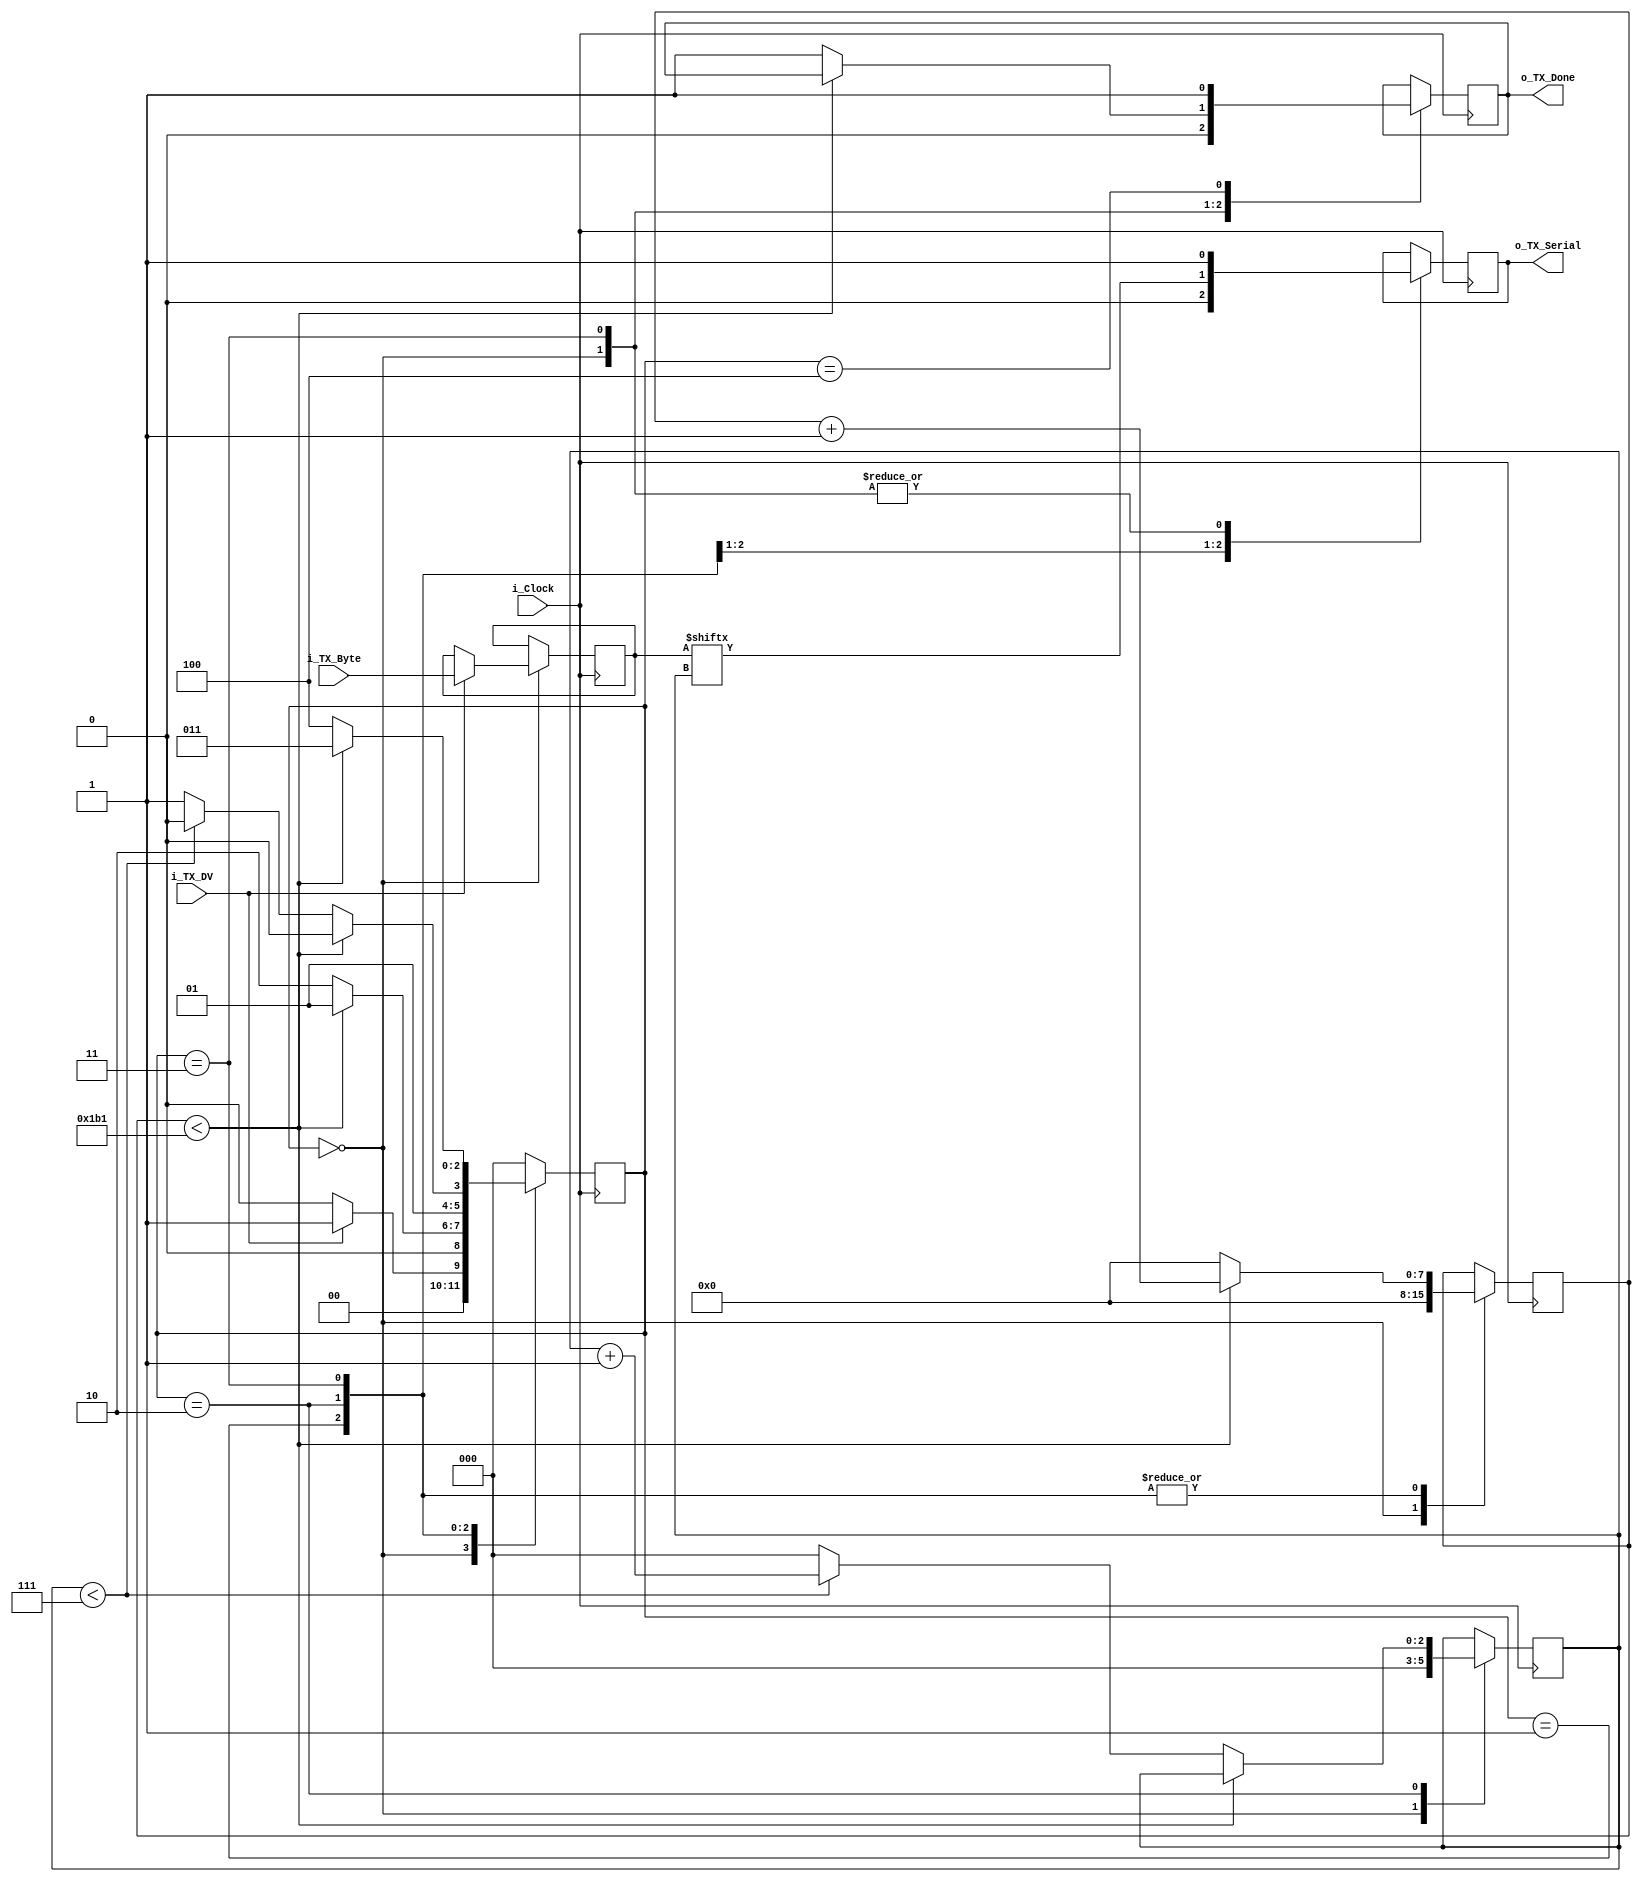
module UART_TX 
  #(parameter CLKS_PER_BIT = 434)
  (
   input       i_Clock,
   input       i_TX_DV,
   input [7:0] i_TX_Byte, 
   output reg  o_TX_Serial,
   output      o_TX_Done
   );
 
  parameter IDLE         = 3'b000;
  parameter TX_START_BIT = 3'b001;
  parameter TX_DATA_BITS = 3'b010;
  parameter TX_STOP_BIT  = 3'b011;
  parameter CLEANUP      = 3'b100;
  
  reg [2:0] r_SM_Main     = 0;
  reg [7:0] r_Clock_Count = 0;
  reg [2:0] r_Bit_Index   = 0;
  reg [7:0] r_TX_Data     = 0;
  reg       r_TX_Done     = 0;
  
    
  always @(posedge i_Clock)
  begin
      
    case (r_SM_Main)
      IDLE :
        begin
          o_TX_Serial   <= 1'b1;         // Drive Line High for Idle
          r_TX_Done     <= 1'b0;
          r_Clock_Count <= 0;
          r_Bit_Index   <= 0;
          
          if (i_TX_DV == 1'b1)
          begin
            r_TX_Data   <= i_TX_Byte;
            r_SM_Main   <= TX_START_BIT;
          end
          else
            r_SM_Main <= IDLE;
        end // case: IDLE
      
      
      // Send out Start Bit. Start bit = 0
      TX_START_BIT :
        begin
          o_TX_Serial <= 1'b0;
          
          // Wait CLKS_PER_BIT-1 clock cycles for start bit to finish
          if (r_Clock_Count < CLKS_PER_BIT-1)
          begin
            r_Clock_Count <= r_Clock_Count + 1;
            r_SM_Main     <= TX_START_BIT;
          end
          else
          begin
            r_Clock_Count <= 0;
            r_SM_Main     <= TX_DATA_BITS;
          end
        end // case: TX_START_BIT
      
      
      // Wait CLKS_PER_BIT-1 clock cycles for data bits to finish         
      TX_DATA_BITS :
        begin
          o_TX_Serial <= r_TX_Data[r_Bit_Index];
          
          if (r_Clock_Count < CLKS_PER_BIT-1)
          begin
            r_Clock_Count <= r_Clock_Count + 1;
            r_SM_Main     <= TX_DATA_BITS;
          end
          else
          begin
            r_Clock_Count <= 0;
            
            // Check if we have sent out all bits
            if (r_Bit_Index < 7)
            begin
              r_Bit_Index <= r_Bit_Index + 1;
              r_SM_Main   <= TX_DATA_BITS;
            end
            else
            begin
              r_Bit_Index <= 0;
              r_SM_Main   <= TX_STOP_BIT;
            end
          end 
        end // case: TX_DATA_BITS
      
      
      // Send out Stop bit.  Stop bit = 1
      TX_STOP_BIT :
        begin
          o_TX_Serial <= 1'b1;
          
          // Wait CLKS_PER_BIT-1 clock cycles for Stop bit to finish
          if (r_Clock_Count < CLKS_PER_BIT-1)
          begin
            r_Clock_Count <= r_Clock_Count + 1;
            r_SM_Main     <= TX_STOP_BIT;
          end
          else
          begin
            r_TX_Done     <= 1'b1;
            r_Clock_Count <= 0;
            r_SM_Main     <= CLEANUP;
          end 
        end // case: TX_STOP_BIT
      
      
      // Stay here 1 clock
      CLEANUP :
        begin
          r_TX_Done <= 1'b1;
          r_SM_Main <= IDLE;
        end
      
      
      default :
        r_SM_Main <= IDLE;
      
    endcase
  end
  

  assign o_TX_Done   = r_TX_Done;
  
endmodule